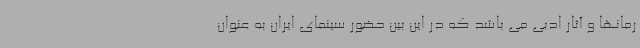
رمانها و آثار ادبی می باشد که در این بین حضور سینمای ایران به عنوان